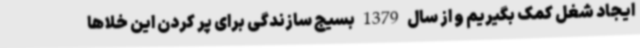
ایجاد شغل کمک بگیریم و از سال 1379 بسیج سازندگی برای پر کردن این خلاها